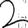
Digit: 2